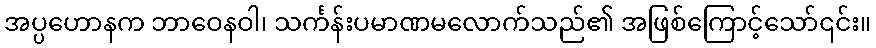
အပ္ပဟောနက ဘာဝေနဝါ၊ သင်္ကန်းပမာဏမလောက်သည်၏ အဖြစ်ကြောင့်သော်၎င်း။